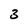
Character: 3